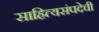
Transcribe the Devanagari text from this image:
साहित्यसंपदेची